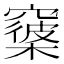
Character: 𥨑